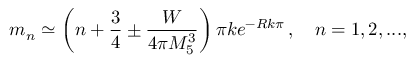
m _ { n } \simeq \left( n + \frac { 3 } { 4 } \pm \frac { W } { 4 \pi M _ { 5 } ^ { 3 } } \right) \pi k e ^ { - R k \pi } \, , \ \ \ n = 1 , 2 , . . . ,